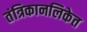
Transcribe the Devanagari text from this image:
तंत्रिकानलिकेत